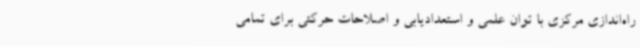
راه‌اندازی مرکزی با توان علمی و استعدادیابی و اصلاحات حرکتی برای تمامی